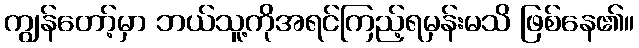
ကျွန်တော့်မှာ ဘယ်သူ့ကိုအရင်ကြည့်ရမှန်းမသိ ဖြစ်နေ၏။